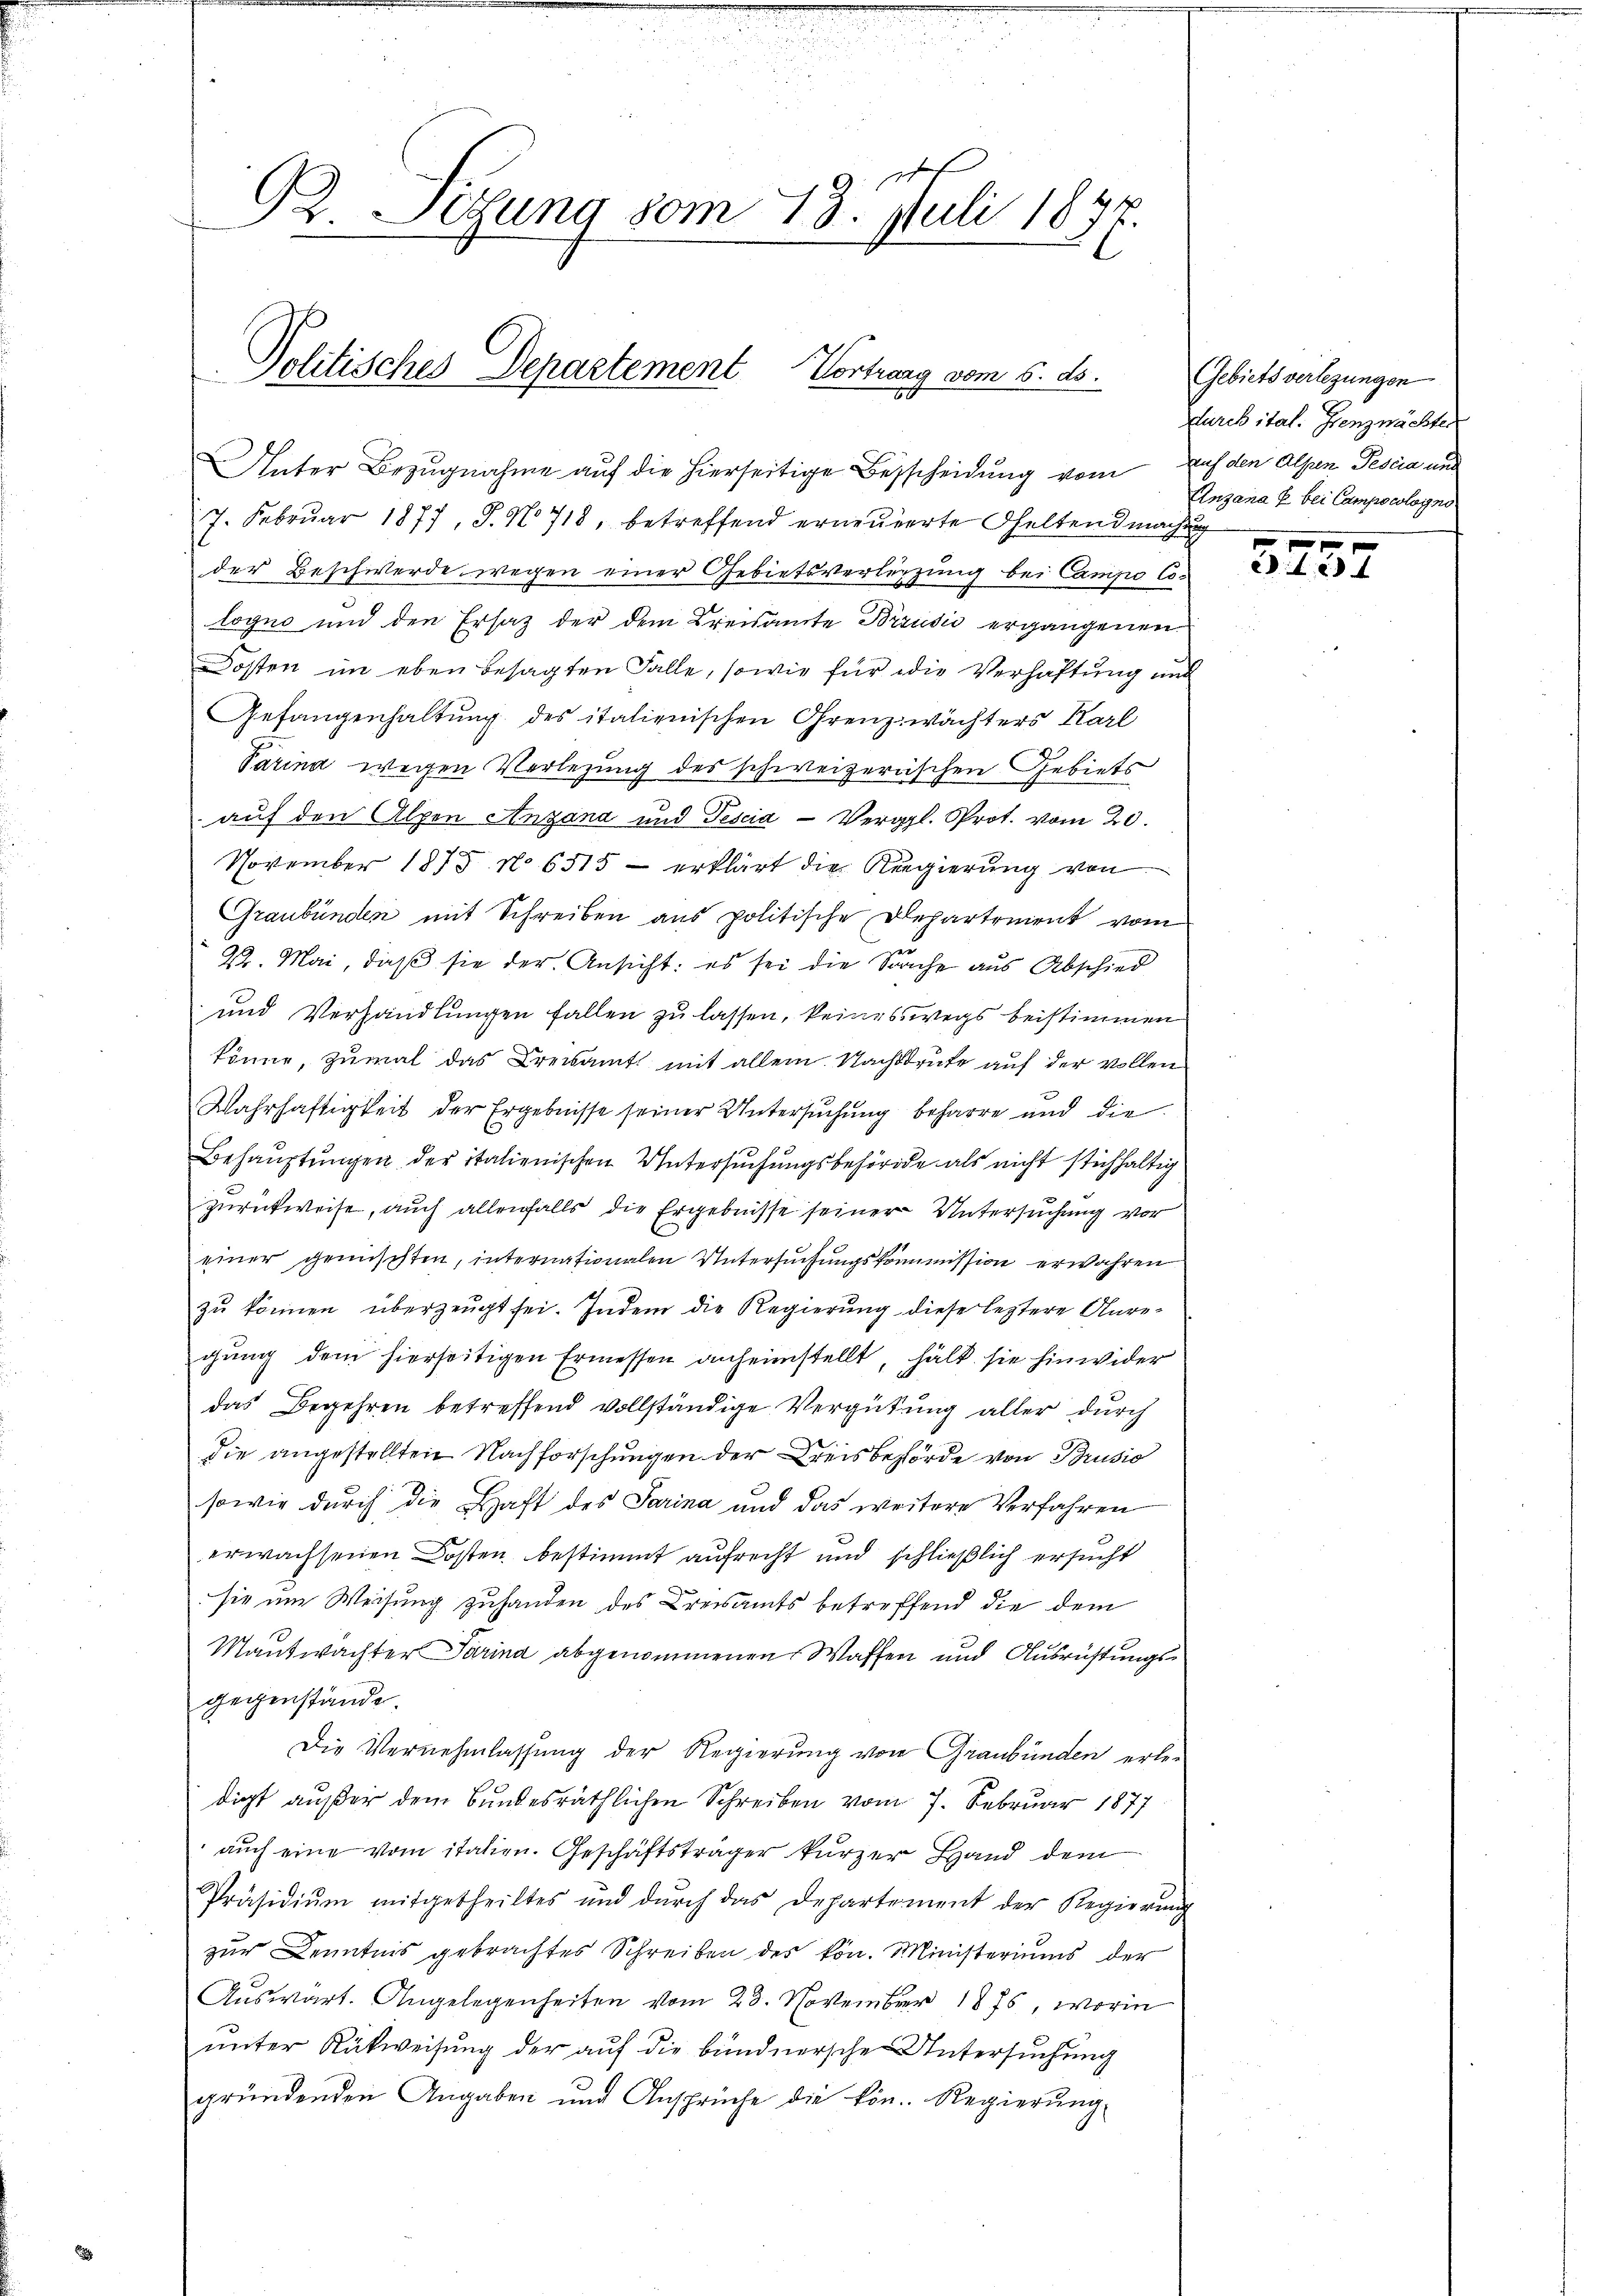
G2. Segung vom 13. Juli 1877

Politisches Departement Vortrag vom 5. ds.
86

7. Febrŭar 1877, S. N. 718, betreffend erneŭerte Geltendmachung
der Beschwerde wegen einer Gebietsverletzung bei Campo Co
logno und den Ersatz der dem Kreisamte Brudić ergangenen
Kosten im eben besagten Falle, sowie für die Verhaftung und
Gefangenhaltung des italienischen Ohrenz wächters Karl
Parina wegen Verlegung des schweizerischen Gebiets
auf den Alpen Antana und Tescia - Vergl. Prot. vom 20.
November 1875 No 6515 - erklärt die Regierung von
Graubünden mit Schreiben aus politische Departement vom
22. Mai, daß sie der Ansicht: es sei die Sache aus Abschied
und Verhandlungen fallen zu lassen, keineswegs beistimmen
könne, zumal das Kreisamt mit allem Nachdrute auf der vollen
Wahrhaftigkeit der Ergebnisse seiner Untersuchung beharre und die
Behauptungen der italienischen Untersuchungsbehörde als nicht stichhaltig
zurückweise, auch allenfalls die Ergebnisse seiner Untersuchung vor
einer gemischten, internationalen Untersuchungskommission erwahren
zŭ können überzeugt sei. Indem die Regierŭng diese leztere Anre-
gung dem hierseitigen Ermessen anheimstellt, hält sie hinwider
das Begehren betreffend vollständige Vergütung aller durch
die angestellten Nachforschungen der Kreisbehörde von Brusio
sowie durch die Haft des Sarina und das weitere Verfahren
erwachsenen Kosten bestimmt aufrecht und schließlich ersucht
sie um Weisung zuhanden des Kreisamts betreffend die dem
Mantwachter Parina abgenommenen Waffen und Ausrichtungsgegenstände.
Die Vernehmlassung der Regierung von Graubünden erlei
digt außer dem Bundesräthlichen Schreiben vom 7. Februar 1877
auch eine vom italien. Geschäftsträger kurzer Hand dem
Präsidiŭm mitgetheiltes und dŭrch das Departement der Regierŭng
zur Kenntnis gebrachtes Schreiben des kön. Ministeriums der
Auswart. Angelegenheiten vom 23. November 1875, worin
unter Rückweisung der auf die bündnersche Untersuchung
gründenden Angaben und Ansprüche die kön. Regierŭng

Unter Bezugnahme auf die hierseitige Besscheidung vom Auf den Alpen Pescia und

Gebiets verlegungen
durch ital. Grenznachter
Unzana u. bei Campocologno

3457